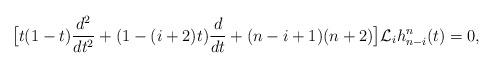
LaTeX: \begin{align*}\big[t(1-t)\frac{d^2}{dt^2}+(1-(i+2)t)\frac{d}{dt}+(n-i+1)(n+2)\big]\mathcal{L}_i h_{n-i}^n(t)=0,\end{align*}